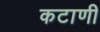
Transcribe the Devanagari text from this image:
कटाणी